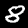
Digit: 8